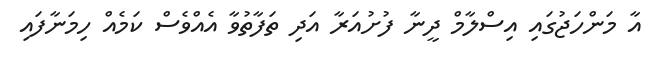
އާ މަންހަޖުގައި އިސްލާމް ދީނާ ފުށުއަރާ އަދި ތަފާތުވާ އެއްވެސް ކަމެއް ހިމަނާފައި